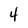
Character: 4